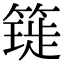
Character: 𥳧